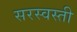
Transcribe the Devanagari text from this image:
सरस्वस्ती